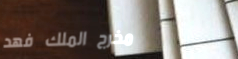
مخرج الملك فهد